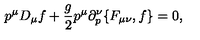
p ^ { \mu } D _ { \mu } f + { \frac { g } { 2 } } p ^ { \mu } \partial _ { p } ^ { \nu } \{ F _ { \mu \nu } , f \} = 0 ,